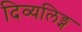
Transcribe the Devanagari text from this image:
दिव्यलिङ्ग